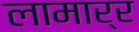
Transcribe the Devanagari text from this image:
लामार्र